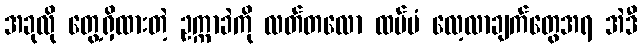
အခုလို တွေ့ရှိထားတဲ့ ဥက္ကာခဲကို လတ်တလော ထပ်မံ လေ့လာချက်တွေအရ အဲဒီ